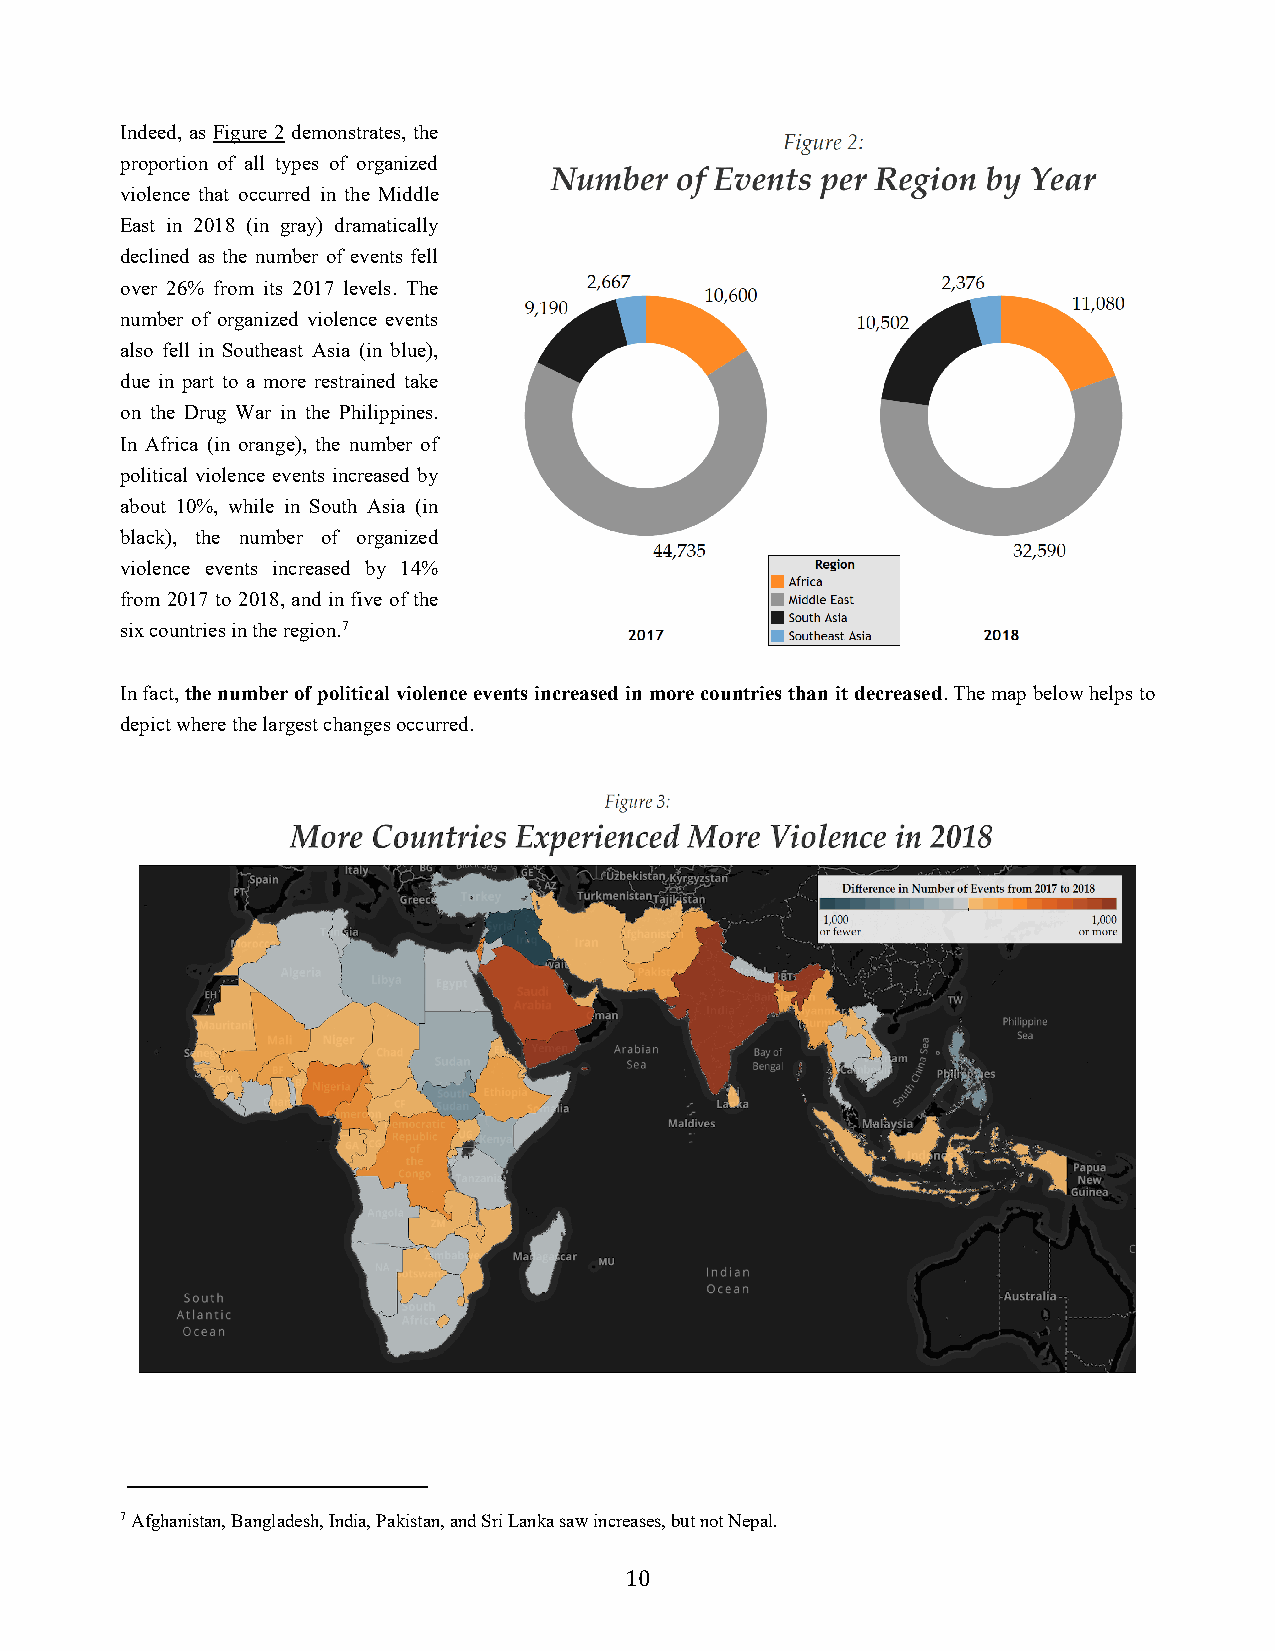
Indeed, as Figure 2 demonstrates, the
 proportion of all types of organized
 violence that occurred in the Middle
 East in 2018 (in gray) dramatically
 declined as the number of events fell
 over 26% from its 2017 levels. The
 number of organized violence events
 also fell in Southeast Asia (in blue),
 due in part to a more restrained take
 on the Drug War in the Philippines.
 In Africa (in orange), the number of
 political violence events increased by
 about 10%, while in South Asia (in
 black), the number of organized
 violence events increased by 14%
 from 2017 to 2018, and in five of the
 six countries in the region.7
 In fact, the number of political violence events increased in more countries than it decreased. The map below helps to
 depict where the largest changes occurred.
 7 Afghanistan, Bangladesh, India, Pakistan, and Sri Lanka saw increases, but not Nepal.
 10